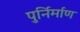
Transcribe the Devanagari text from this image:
पुर्निर्माण